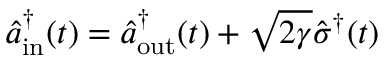
\hat { a } _ { \mathrm { i n } } ^ { \dagger } ( t ) = \hat { a } _ { \mathrm { o u t } } ^ { \dagger } ( t ) + \sqrt { 2 \gamma } \hat { \sigma } ^ { \dagger } ( t )